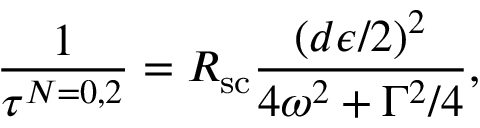
\frac { 1 } { \tau ^ { N = 0 , 2 } } = R _ { \mathrm { s c } } \frac { ( d \epsilon / 2 ) ^ { 2 } } { 4 \omega ^ { 2 } + \Gamma ^ { 2 } / 4 } ,